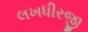
લખધીરજી